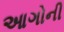
આગોની